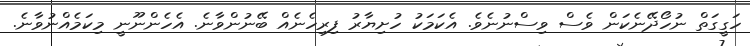
ހަގީގަތް ނުހޯދޭނެކަން ވެސް ވިސްނުނެވެ. އެކަމަކު ހުށިޔާރު ފިރިހެނެއް ބޭނުންވާނެ. އެހެންނޫނީ މިކަމެއްނުވާނެ.